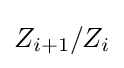
Z_{i+1}/Z_{i}